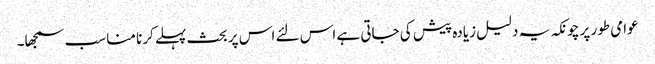
عوامی طور پر چونکہ یہ دلیل زیادہ پیش کی جاتی ہے اس لئے اس پر بحث پہلے کرنا مناسب سمجھا۔